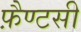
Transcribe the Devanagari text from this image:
फ़ैण्टसी